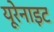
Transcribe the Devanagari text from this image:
यूरेनाइट